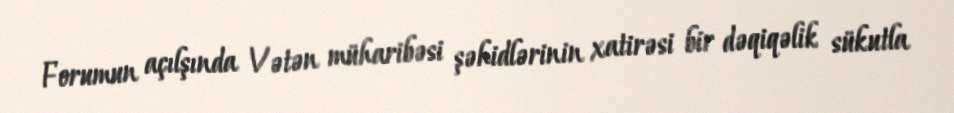
Forumun açılşında Vətən müharibəsi şəhidlərinin xatirəsi bir dəqiqəlik sükutla